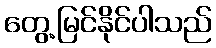
တွေ့မြင်နိုင်ပါသည်